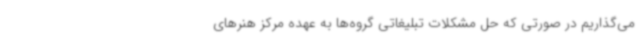
می‌گذاریم در صورتی که حل مشکلات تبلیغاتی گروه‌ها به عهده مرکز هنرهای